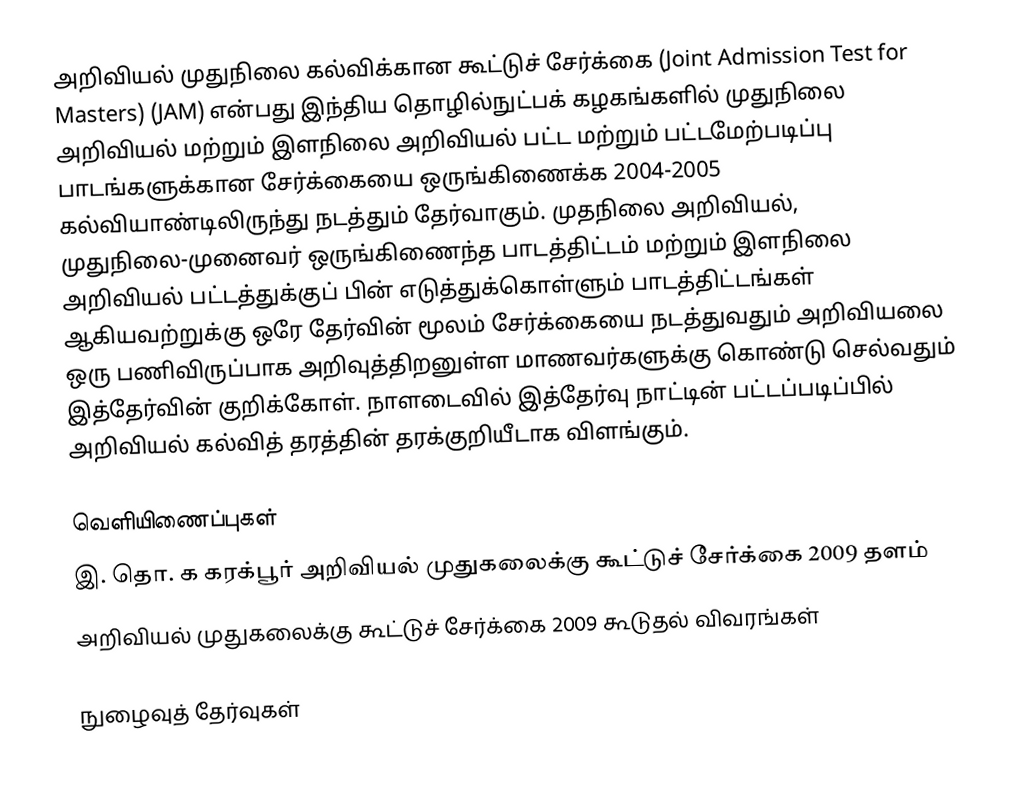
அறிவியல் முதுநிலை கல்விக்கான கூட்டுச் சேர்க்கை (Joint Admission Test for Masters) (JAM) என்பது இந்திய தொழில்நுட்பக் கழகங்களில் முதுநிலை அறிவியல் மற்றும் இளநிலை அறிவியல் பட்ட மற்றும் பட்டமேற்படிப்பு பாடங்களுக்கான சேர்க்கையை ஒருங்கிணைக்க 2004-2005 கல்வியாண்டிலிருந்து நடத்தும் தேர்வாகும். முதநிலை அறிவியல், முதுநிலை-முனைவர் ஒருங்கிணைந்த பாடத்திட்டம் மற்றும் இளநிலை அறிவியல் பட்டத்துக்குப் பின் எடுத்துக்கொள்ளும் பாடத்திட்டங்கள் ஆகியவற்றுக்கு ஒரே தேர்வின் மூலம் சேர்க்கையை நடத்துவதும் அறிவியலை ஒரு பணிவிருப்பாக அறிவுத்திறனுள்ள மாணவர்களுக்கு கொண்டு செல்வதும் இத்தேர்வின் குறிக்கோள். நாளடைவில் இத்தேர்வு நாட்டின் பட்டப்படிப்பில் அறிவியல் கல்வித் தரத்தின் தரக்குறியீடாக விளங்கும்.

வெளியிணைப்புகள்
இ. தொ. க கரக்பூர் அறிவியல் முதுகலைக்கு கூட்டுச் சேர்க்கை 2009 தளம்
அறிவியல் முதுகலைக்கு கூட்டுச் சேர்க்கை 2009 கூடுதல் விவரங்கள்

நுழைவுத் தேர்வுகள்